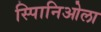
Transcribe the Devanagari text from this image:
स्पािनिओला